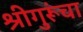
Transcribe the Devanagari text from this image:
श्रीगुरूंचा